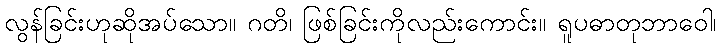
လွန်ခြင်းဟုဆိုအပ်သော။ ဂတိ၊ ဖြစ်ခြင်းကိုလည်းကောင်း။ ရူပဓာတုဘာဝေါ၊